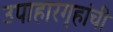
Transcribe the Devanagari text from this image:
उपाहारगृहांची